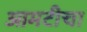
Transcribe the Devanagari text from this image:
आमटीचा